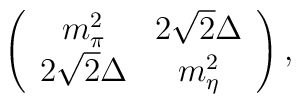
\left( \begin{array}{cc}	m^2_{\pi} & 2\sqrt{2}\Delta \\2 \sqrt{2}\Delta & m^2_{\eta}\end{array}\right),